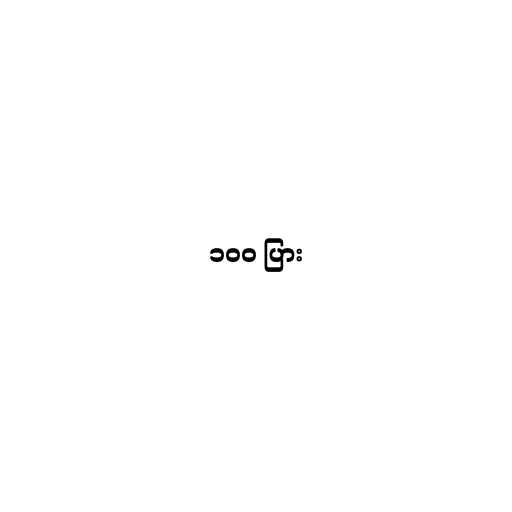
၁၀၀ ပြား